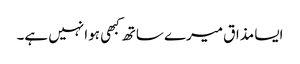
ایسا مذاق میرے ساتھ کبھی ہوا نہیں ہے۔